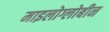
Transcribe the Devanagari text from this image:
माइलोग्लोबीन